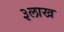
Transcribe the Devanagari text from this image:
३लाख